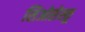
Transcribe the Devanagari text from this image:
सिओसेस्कू